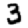
Digit: 3